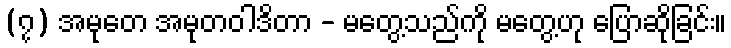
(၇) အမုတေ အမုတဝါဒိတာ - မတွေ့သည်ကို မတွေ့ဟု ပြောဆိုခြင်း။